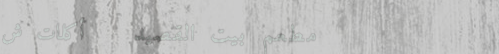
مطعم بيت القصيد   أكلات ش